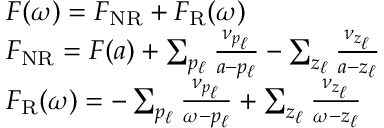
\begin{array} { r } { \begin{array} { r l } & { F ( \omega ) = F _ { \mathrm { N R } } + F _ { \mathrm { R } } ( \omega ) } \\ & { F _ { \mathrm { N R } } = F ( a ) + \sum _ { p _ { \ell } } \frac { \nu _ { p _ { \ell } } } { a - p _ { \ell } } - \sum _ { z _ { \ell } } \frac { \nu _ { z _ { \ell } } } { a - z _ { \ell } } } \\ & { F _ { \mathrm { R } } ( \omega ) = - \sum _ { p _ { \ell } } \frac { \nu _ { p _ { \ell } } } { \omega - p _ { \ell } } + \sum _ { z _ { \ell } } \frac { \nu _ { z _ { \ell } } } { \omega - z _ { \ell } } } \end{array} } \end{array}